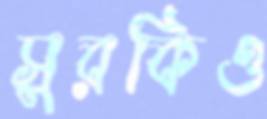
সুরকিও